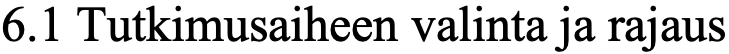
6.1 Tutkimusaiheen valinta ja rajaus